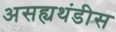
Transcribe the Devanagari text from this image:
असह्यथंडीस